Treatise on elephants
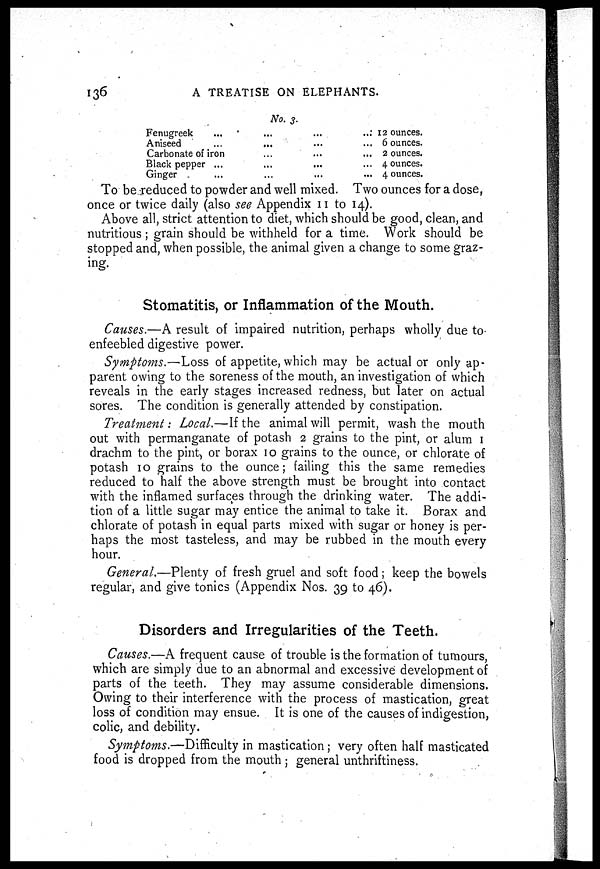
136
A TREATISE ON ELEPHANTS.
No. 3.
Fenugreek ... ... ... ...
Aniseed ... ... ... ...
Carbonate of iron ... ... ...
Black pepper ... ... ... ...
Ginger ... ... ... ...
12 ounces.
6 ounces.
2 ounces.
4 ounces.
4 ounces.
To be reduced to powder and well mixed. Two ounces for a dose,
once or twice daily (also see Appendix 11 to 14).
Above all, strict attention to diet, which should be good, clean, and
nutritious ; grain should be withheld for a time. Work should be
stopped and, when possible, the animal given a change to some graz-
ing.
Stomatitis, or Inflammation of the Mouth.
Causes.—A result of impaired nutrition, perhaps wholly due to
enfeebled digestive power.
Symptoms.—Loss of appetite, which may be actual or only ap-
parent owing to the soreness of the mouth, an investigation of which
reveals in the early stages increased redness, but later on actual
sores. The condition is generally attended by constipation.
Treatment: Local.—If the animal will permit, wash the mouth
out with permanganate of potash 2 grains to the pint, or alum 1
drachm to the pint, or borax 10 grains to the ounce, or chlorate of
potash 10 grains to the ounce; failing this the same remedies
reduced to half the above strength must be brought into contact
with the inflamed surfaces through the drinking water. The addi-
tion of a little sugar may entice the animal to take it. Borax and
chlorate of potash in equal parts mixed with sugar or honey is per-
haps the most tasteless, and may be rubbed in the mouth every
hour.
General.—Plenty of fresh gruel and soft food; keep the bowels
regular, and give tonics (Appendix Nos. 39 to 46).
Disorders and Irregularities of the Teeth.
Causes.—A frequent cause of trouble is the formation of tumours,
which are simply due to an abnormal and excessive development of
parts of the teeth. They may assume considerable dimensions.
Owing to their interference with the process of mastication, great
loss of condition may ensue. It is one of the causes of indigestion,
colic, and debility.
Symptoms.—Difficulty in mastication; very often half masticated
food is dropped from the mouth ; general unthriftiness.